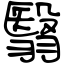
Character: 翳